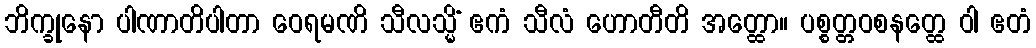
ဘိက္ခုနော ပါဏာတိပါတာ ဝေရမဏိ သီလသ္မိံ ဧကံ သီလံ ဟောတီတိ အတ္ထော။ ပစ္စတ္တဝစနတ္ထေ ဝါ ဧတံ